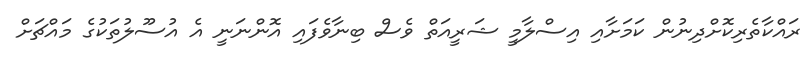
ރައްކާތެރިކޮށްދިނުން ކަމަށާއި އިސްލާމީ ޝަރީއަތް ވެސް ބިނާވެފައި އޮންނަނީ އެ އުސޫލުތަކުގެ މައްޗަށް